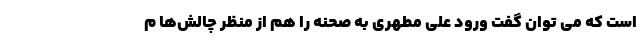
است که می توان گفت ورود علی مطهری به صحنه را هم از منظر چالش‌ها م